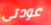
عودتى